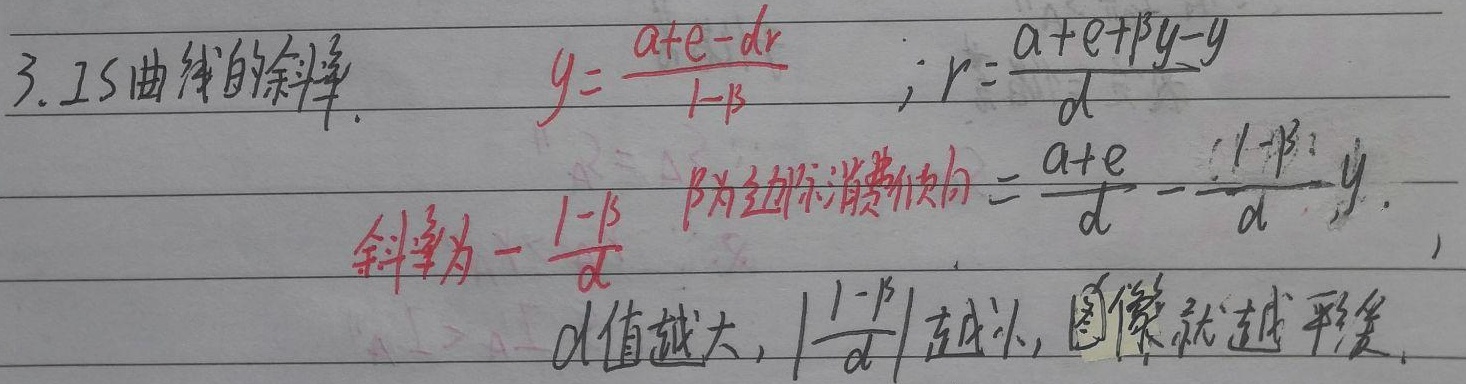
3. IS曲线的斜率.

\[y=\frac{a + e - dr}{1 - \beta} \quad ; r=\frac{a + e+\beta y - y}{d}\]

斜率为\(-\frac{1 - \beta}{d}\)，\(\beta\)为边际消费倾向，\(r=\frac{a + e}{d}-\frac{1 - \beta}{d}y\)。\(d\)值越大，\(\left|-\frac{1 - \beta}{d}\right|\)越小，图像就越平缓。